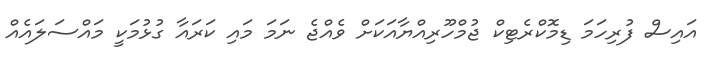
އައިސް ފުރިހަމަ ޑިމޮކްރެޓިކް ޖުމްހޫރިއްޔާއަކަށް ވެއްޖެ ނަމަ މައި ކަރައާ ގުޅުމަކީ މައްސަލައެއް